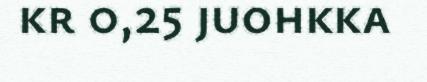
kr 0,25 juohkka